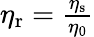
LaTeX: \begin{array}{r}{\eta_{\mathrm{r}}=\frac{\eta_{\mathrm{s}}}{\eta_{\mathrm{0}}}}\end{array}